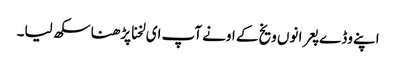
اپنے وڈے پعرا نوں ویخ کے اونے آپ ای لخنا پڑھنا سکھ لیا۔